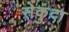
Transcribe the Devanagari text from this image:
सेकुंदा